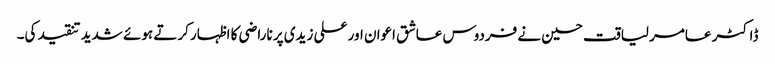
ڈاکٹر عامر لیاقت حسین نے فردوس عاشق اعوان اور علی زیدی پر ناراضی کا اظہار کرتے ہوئے شدید تنقید کی۔